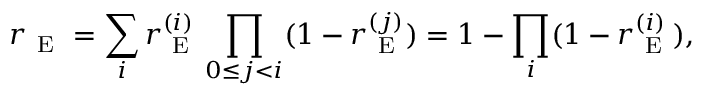
r _ { \mathrm { ~ E ~ } } = \sum _ { i } r _ { \mathrm { ~ E ~ } } ^ { ( i ) } \prod _ { 0 \leq j < i } ( 1 - r _ { \mathrm { ~ E ~ } } ^ { ( j ) } ) = 1 - \prod _ { i } ( 1 - r _ { \mathrm { ~ E ~ } } ^ { ( i ) } ) ,